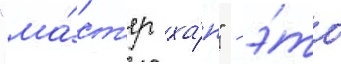
"ма́ст'ер ха́н" - э́то